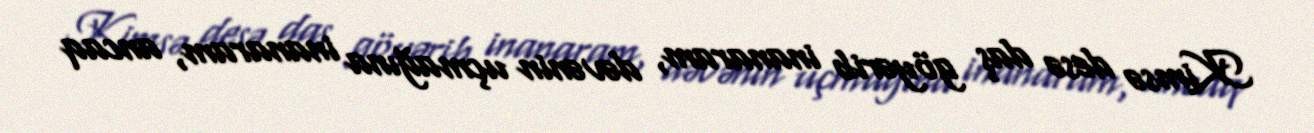
Kimsə desə daş göyərib inanaram, dəvənin uçmağına inanaram, ancaq